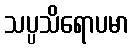
သပ္ပသိရောပမာ